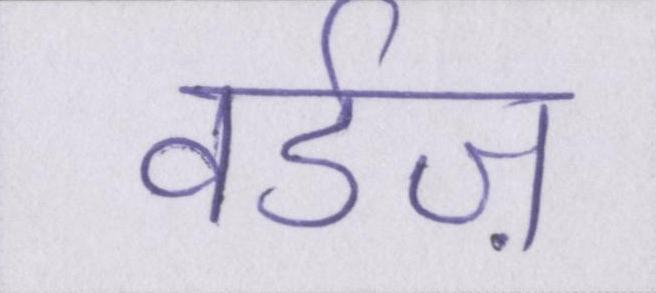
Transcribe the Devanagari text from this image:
वर्डज़